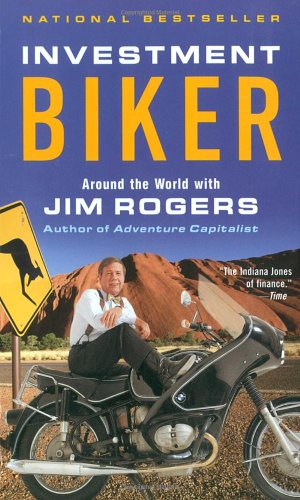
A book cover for Investment Biker: Around the World with Jim Rogers; Jim Rogers; Engineering & Transportation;